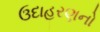
ઉદાહરણનો